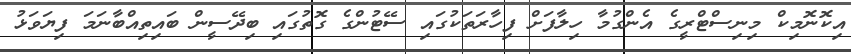
އިކޮނޮމިކް މިނިސްޓްރީގެ އެންގުމާ ހިލާފަށް ފިހާރަތަކުގައި ސޭޓުންގެ ގޮތުގައި ބިދޭސީން ބައިތިއްބާނަމަ ފިޔަވަޅު